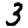
Digit: 3